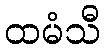
ထမံသီ